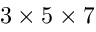
3 \times 5 \times 7